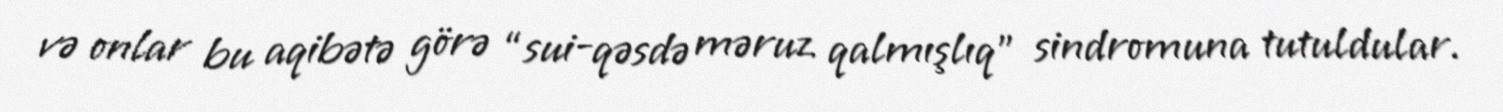
və onlar bu aqibətə görə “sui-qəsdə məruz qalmışlıq” sindromuna tutuldular.